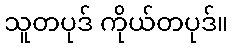
သူတပုဒ် ကိုယ်တပုဒ်။